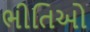
ભીતિઓ